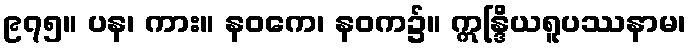
၉၇၅။ ပန၊ ကား။ နဝကေ၊ နဝက၌။ ဣန္ဒြိယရူပဿနာမ၊